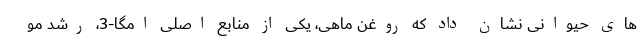
های حیوانی نشان داد که روغن ماهی، یکی از منابع اصلی امگا-3، رشد مو